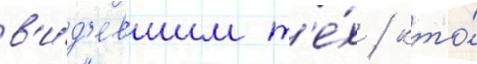
в'и́д'евшим т'е́х / кто́